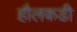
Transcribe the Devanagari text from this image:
हौलकडी